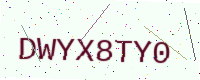
Text: DWYX8TY0